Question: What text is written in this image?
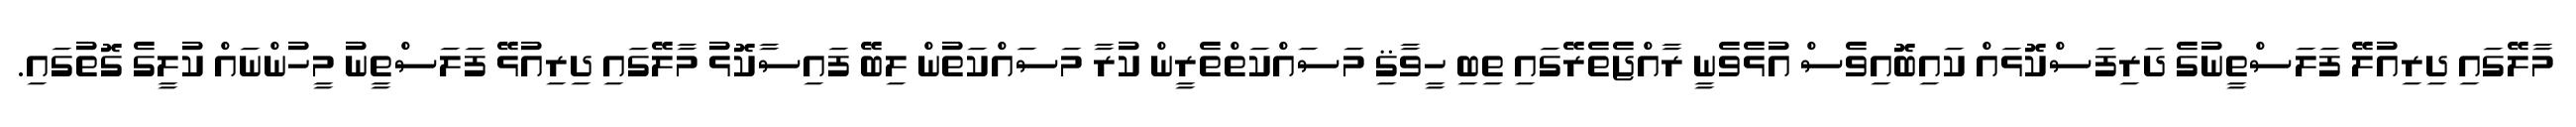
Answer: މާލޭގައި ދިރިއުލޭ ފަލަސްތީނުގެ ދަރިފަސްކޮޅައް ކައިބޮއިވެސް އުޅެވެނީ ރާއްޖެތެރޭގައި ތިބި ހީވާޤި މަސައްކަތްތެރީން ކުރާ މަސައްކަތުން ލިބޭ ފައިސާކޮޅު މާލޭގައި ދިރިއުޅޭ ފަލަސްތީނު މީހުންނައް ކުލީގެ ގޮތުގައި.